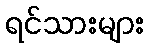
ရင်သားများ